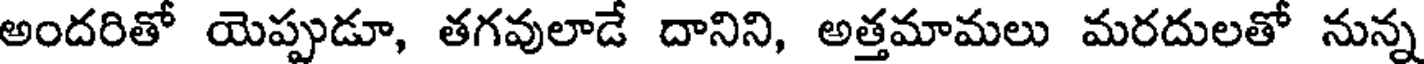
అందరితో యెప్పుడూ, తగవులాడే దానిని, అత్తమామలు మరదులతో నున్న